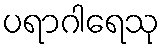
ပရာဂါရေသု